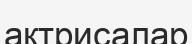
актрисалар